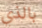
بالذي